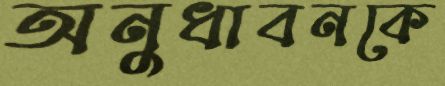
অনুধাবনকে